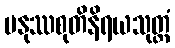
မနုဿစုတိနိရယသုတ္တံ